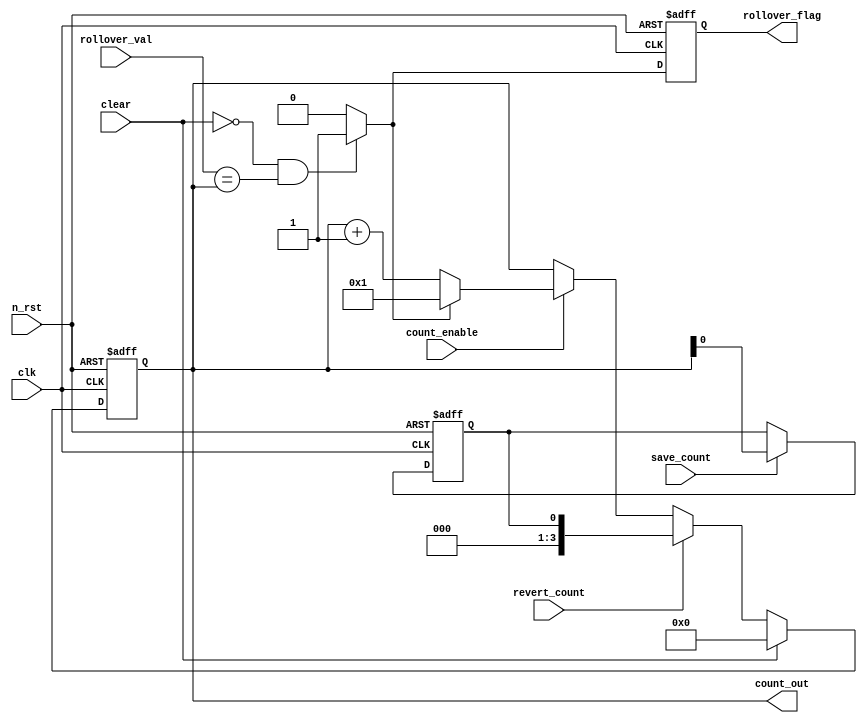
module flex_counter_reg (
	clk,
	n_rst,
	clear,
	save_count,
	revert_count,
	count_enable,
	rollover_val,
	count_out,
	rollover_flag
);
	parameter NUM_CNT_BITS = 4;
	input wire clk;
	input wire n_rst;
	input wire clear;
	input wire save_count;
	input wire revert_count;
	input wire count_enable;
	input wire [NUM_CNT_BITS - 1:0] rollover_val;
	output reg [NUM_CNT_BITS - 1:0] count_out;
	output reg rollover_flag;
	reg [NUM_CNT_BITS - 1:0] next_count;
	reg rollover;
	reg saved_count_out;
	always @(posedge clk or negedge n_rst)
		if (n_rst == 1'b0) begin
			count_out <= {NUM_CNT_BITS {1'sb0}};
			saved_count_out <= 1'b0;
			rollover_flag <= 1'b0;
		end
		else begin
			if (save_count)
				saved_count_out <= count_out;
			count_out <= next_count;
			rollover_flag <= rollover;
		end
	always @(*) begin
		if (~clear & (rollover_val == count_out))
			rollover = 1;
		else
			rollover = 0;
		if (clear == 1)
			next_count = 0;
		else if (revert_count)
			next_count = saved_count_out;
		else if (count_enable) begin
			if (rollover == 1'b0)
				next_count = count_out + 1'b1;
			else
				next_count = 1'b1;
		end
		else
			next_count = count_out;
	end
endmodule